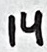
Text: 14